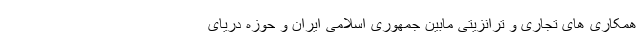
همکاری های تجاری و ترانزیتی مابین جمهوری اسلامی ایران و حوزه دریای